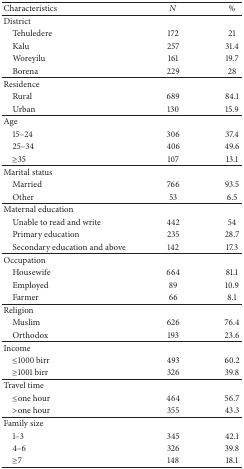
| Characteristics | N | % |
 | --- | --- | --- |
 | District |  |  |
 | Tehuledere | 172 | 21 |
 | Kalu | 257 | 31.4 |
 | Woreyilu | 161 | 19.7 |
 | Borena | 229 | 28 |
 | Residence |  |  |
 | Rural | 689 | 84.1 |
 | Urban | 130 | 15.9 |
 | Age |  |  |
 | 15–24 | 306 | 37.4 |
 | 25–34 | 406 | 49.6 |
 | ≥35 | 107 | 13.1 |
 | Marital status |  |  |
 | Married | 766 | 93.5 |
 | Other | 53 | 6.5 |
 | Maternal education |  |  |
 | Unable to read and write | 442 | 54 |
 | Primary education | 235 | 28.7 |
 | Secondary education and above | 142 | 17.3 |
 | Occupation |  |  |
 | Housewife | 664 | 81.1 |
 | Employed | 89 | 10.9 |
 | Farmer | 66 | 8.1 |
 | Religion |  |  |
 | Muslim | 626 | 76.4 |
 | Orthodox | 193 | 23.6 |
 | Income |  |  |
 | ≤1000 birr | 493 | 60.2 |
 | ≥1001 birr | 326 | 39.8 |
 | Travel time |  |  |
 | ≤one hour | 464 | 56.7 |
 | >one hour | 355 | 43.3 |
 | Family size |  |  |
 | 1–3 | 345 | 42.1 |
 | 4–6 | 326 | 39.8 |
 | ≥7 | 148 | 18.1 |